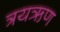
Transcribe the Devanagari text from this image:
त्रयऋण